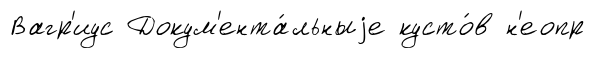
Вагр'иус Докум'ента́льныjе кусто́в н'еопр